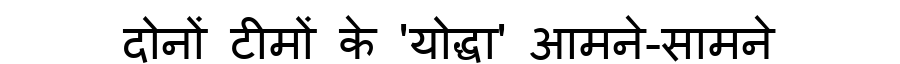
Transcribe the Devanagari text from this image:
दोनों टीमों के 'योद्धा' आमने-सामने